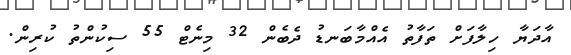
އާދަޔާ ހިލާފަށް ތަފާތު އެއްމާބަނޑު ދެބެން 32 މިނެޓް 55 ސިކުންތު ކުރިން.